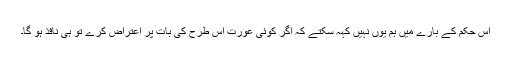
اس حکم کے بارے میں ہم یوں نہیں کہہ سکتے کہ اگر کوئی عورت اس طرح کی بات پر اعتراض کرے تو ہی نافذ ہو گا۔